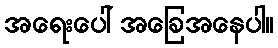
အရေးပေါ် အခြေအနေပါ။